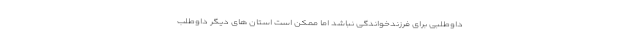
داوطلبی برای فرزندخواندگی نباشد اما ممکن است استان ‌های دیگر داوطلب